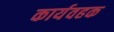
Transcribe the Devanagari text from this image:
कार्यवहक